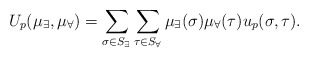
\begin{align*}U_p(\mu_\exists,\mu_\forall) = \sum_{\sigma \in S_\exists}\sum_{\tau \in S_\forall} \mu_\exists(\sigma) \mu_\forall(\tau) u_p(\sigma,\tau).\end{align*}